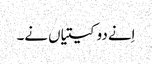
اِنے دو کیتیاں نے۔